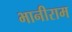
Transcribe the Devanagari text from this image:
भानीराम